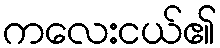
ကလေးငယ်၏